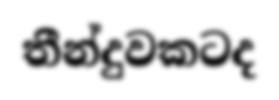
තීන්දුවකටද